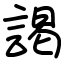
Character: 謁